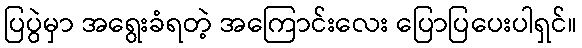
ပြပွဲမှာ အရွေးခံရတဲ့ အကြောင်းလေး ပြောပြပေးပါရှင်။